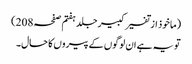
(ماخوذ از تفسیر کبیر جلد ہفتم صفحہ208)
تو یہ ہے ان لوگوں کے پیروں کا حال۔